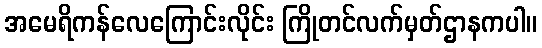
အမေရိကန်လေကြောင်းလိုင်း ကြိုတင်လက်မှတ်ဌာနကပါ။